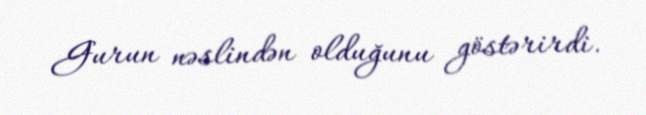
Gurun nəslindən olduğunu göstərirdi.